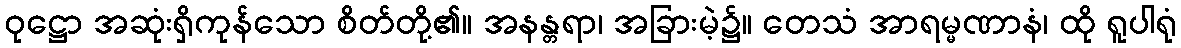
ဝုဋ္ဌော အဆုံးရှိကုန်သော စိတ်တို့၏။ အနန္တရာ၊ အခြားမဲ့၌။ တေသံ အာရမ္မဏာနံ၊ ထို ရူပါရုံ